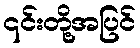
၎င်းတို့အပြင်